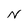
Character: N